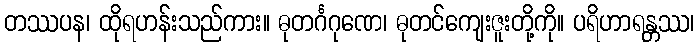
တဿပန၊ ထိုရဟန်းသည်ကား။ ဓုတင်္ဂဂုဏေ၊ ဓုတင်ကျေးဇူးတို့ကို။ ပရိဟာရန္တဿ၊